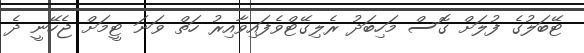
ޓޭބަލުގެ ފުލަށް ގޮސް މަހިބަދު ރެލިގޭޓްވެފައިވާއިރު ހަތް ވަނަ ޓީމަށް ޖެހޭނީ ދެ